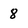
Character: 8